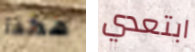
هكذا ابتعدي